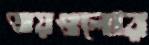
জয়গুলোর